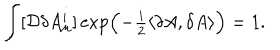
\int [ { \cal D } \delta A _ { \mu } ^ { i } ] \exp \Bigl ( - { \textstyle \frac { i } { 2 } } \langle \delta A , \delta A \rangle \Bigr ) = 1 .